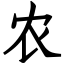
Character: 农